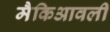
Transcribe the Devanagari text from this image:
मैकिआवली